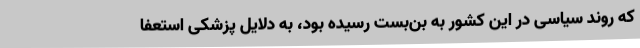
که روند سیاسی در این کشور به بن‌بست رسیده بود، به دلایل پزشکی استعفا